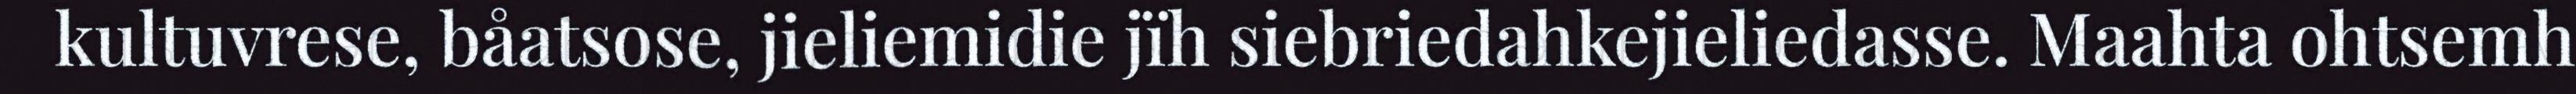
kultuvrese, båatsose, jieliemidie jïh siebriedahkejieliedasse. Maahta ohtsemh